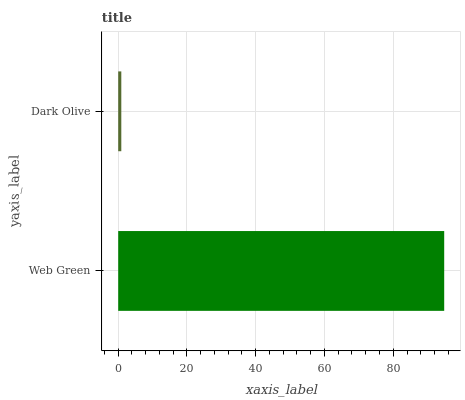
| yaxis_label | bars |
 | --- | --- |
 | Web Green | 94.8 |
 | Dark Olive | 0.9 |